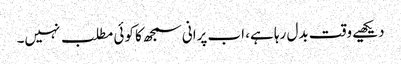
دیکھیے وقت بدل رہا ہے، اب پرانی سمجھ کا کوئی مطلب نہیں۔